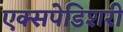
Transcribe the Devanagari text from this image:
एक्सपेडिशरी